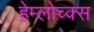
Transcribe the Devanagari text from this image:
हेम्लोच्क्स